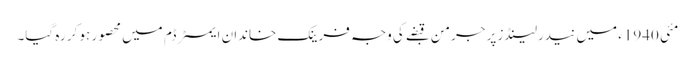
مئی 1940ء میں نیدرلینڈز پر جرمن قبضے کی وجہ فرینک خاندان ایمسٹرڈم میں محصور ہو کر رہ گیا۔